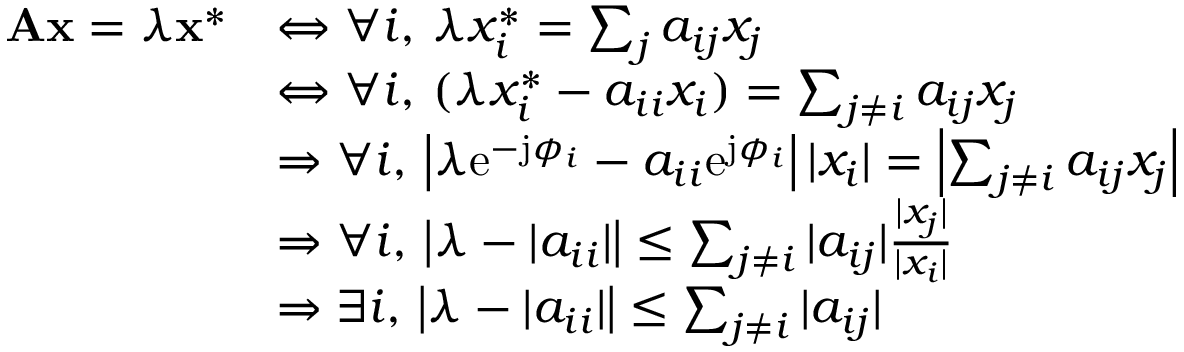
\begin{array} { r l } { \mathbf { A x } = \lambda \mathbf { x } ^ { * } } & { \Leftrightarrow \forall i , \, \lambda x _ { i } ^ { * } = \sum _ { j } a _ { i j } x _ { j } } \\ & { \Leftrightarrow \forall i , \, ( \lambda x _ { i } ^ { * } - a _ { i i } x _ { i } ) = \sum _ { j \neq i } a _ { i j } x _ { j } } \\ & { \Rightarrow \forall i , \, \left| \lambda \mathrm { e } ^ { - \mathrm { j } \phi _ { i } } - a _ { i i } \mathrm { e } ^ { \mathrm { j } \phi _ { i } } \right| | x _ { i } | = \left| \sum _ { j \neq i } a _ { i j } x _ { j } \right| } \\ & { \Rightarrow \forall i , \, \big | \lambda - | a _ { i i } | \big | \leq \sum _ { j \neq i } | a _ { i j } | \frac { | x _ { j } | } { | x _ { i } | } } \\ & { \Rightarrow \exists i , \, \big | \lambda - | a _ { i i } | \big | \leq \sum _ { j \neq i } | a _ { i j } | } \end{array}